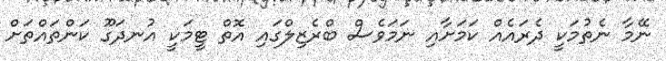
ނޭމާ ނެތުމަކީ ދެރައެއް ކަމަށާއި ނަމަވެސް ބްރެޒިލްގައި އޮތް ޓީމަކީ އުނދަގޫ ކަންތައްތަށް